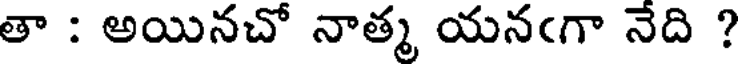
తా : అయినచో నాత్మ యనఁగా నేది ?